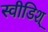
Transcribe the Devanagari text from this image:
स्वीडिश्